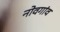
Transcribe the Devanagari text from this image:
नोवगांव